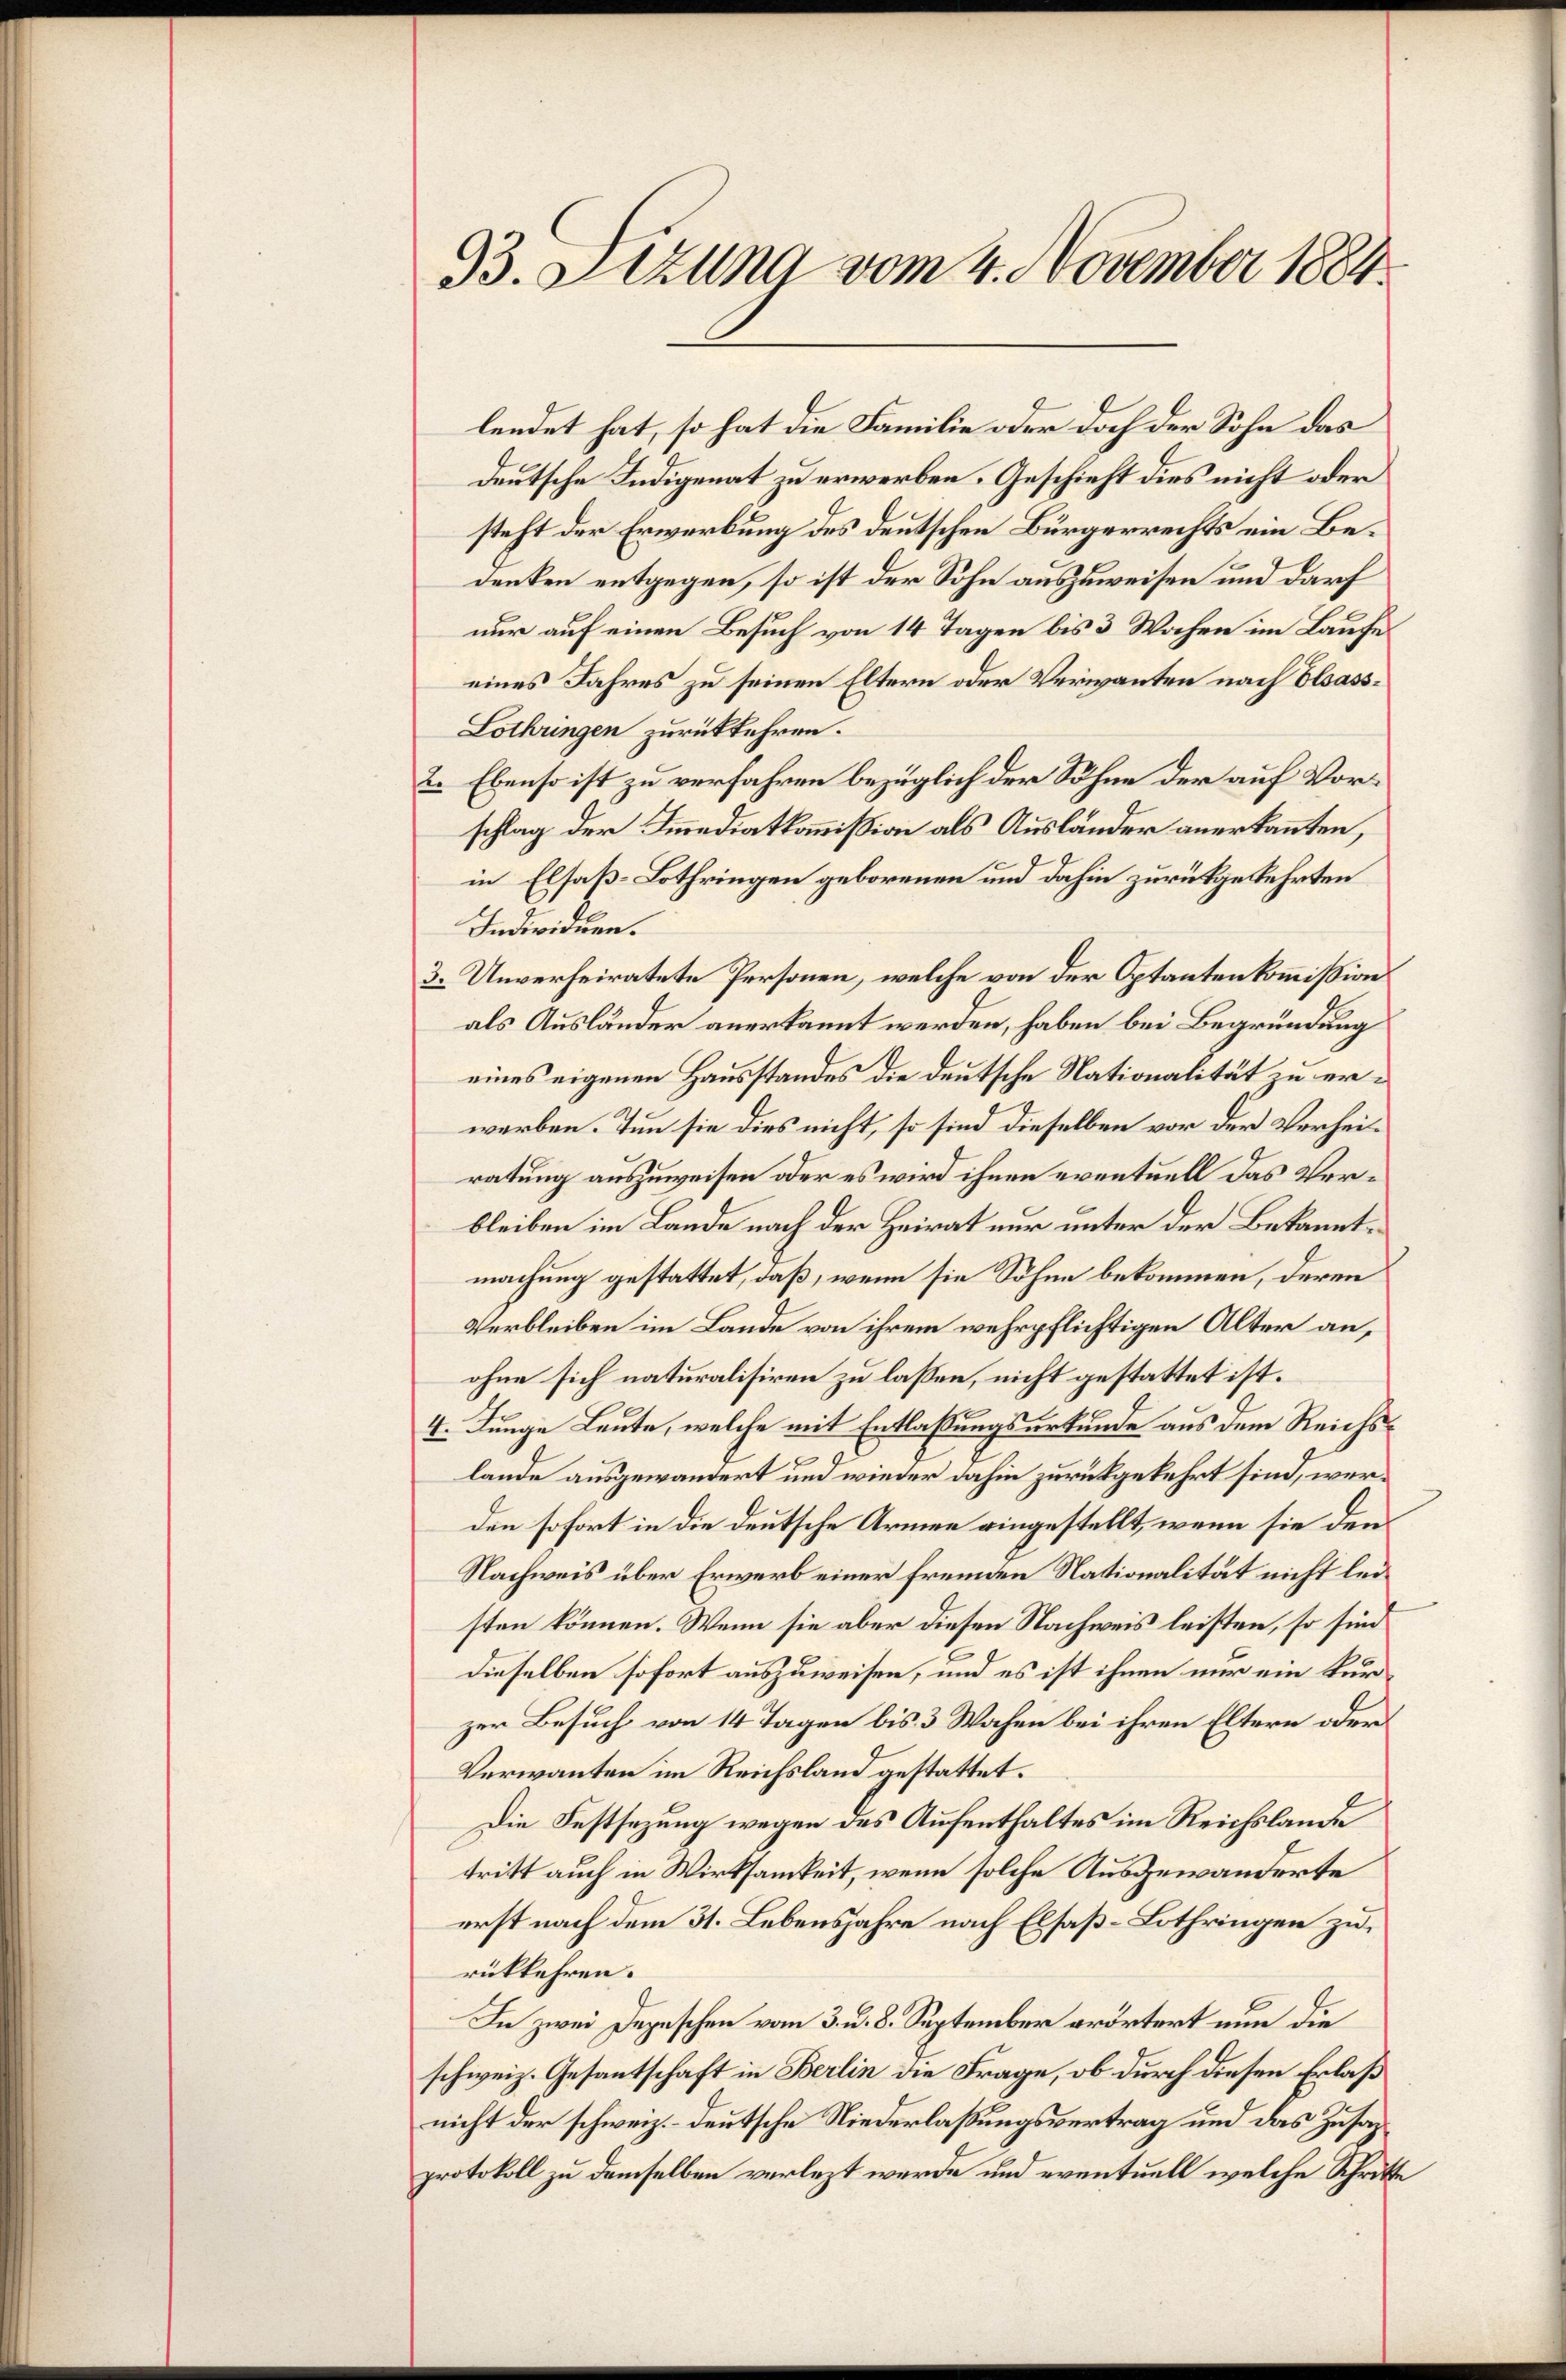
93. Azuna vom 4. November 1884

lendet hat, so hat die Familie oder doch der Sohn das
deutsche Indigenat zu erwerben. Geschieht dies nicht oder
steht der Erwerbung des deutschen Bürgerrechts ein Bedenken entgegen, so ist der Sohn auszuweisen und darf
nur auf einen Besuch von 14 Tagen bis 3 Wochen im Laufe
eines Jahres zu seinen Eltern oder Verwanten nach Elsass¬
Lothungen zurückkehren.
2. Ebenso ist zu verfahren bezüglich der Söhne der auf Vorschlag der Immediatkommission als Ausländer anerkannten,
in Elsaß-Lothringen geborenen und dahin zurückgekehrten
Individuen.
3. Unverheiratete Personen, welche von der Optantenkommission
als Ausländer anerkannt werden, haben bei Begründung
eines eigenen Hausstandes die deutsche Nationalität zu erwarben. Tun sie dies nicht, so sind dieselben vor der Verheiratung auszuweisen oder es wird ihnen eventuell das Verbleiben im Lande nach der Heirat nur unter der Bekanntmachung gestattet, daß, wenn sie Söhne bekommen, deren
Verbleiben im Lande von ihrem wehrpflichtigen Alter an,
ohne sich naturalisiren zu lassen, nicht gestattet ist.
4. Junge Leute, welche mit Entlaßungsurkunde aus dem Reichslande ausgewandert und wieder dahin zurückgekehrt sind, werden sofort in die deutsche Armen eingestellt, wenn sie den
Nachweis über Erwerb einer fremden Nationalität nicht leisten können. Wenn sie aber diesen Nachweis leisten, so sin
dieselben sofort auszuweisen, und es ist ihnen nur ein kurzer Besuch von 14 Tagen bis 3 Wochen bei ihren Eltern oder
Verwanten im Reichsland gestattet.
Die Festsezung wegen des Aufenthaltes im Reichslande
tritt auch in Wirksamkeit, wenn solche Ausgewanderte
erst nach dem 31. Lebensjahre nach Elsaß-Lothringen zurükkehren.
In zwei Depeschen vom 3. d. 8. September erörtert nun die
schweiz. Gesantschaft in Berlin die Frage, ob durch diesen Erlaß
nicht der schweiz.- deutsche Niederlaßungsvertrag und das Zusazprotokoll zu demselben verlezt werde und eventuell welche Schritte